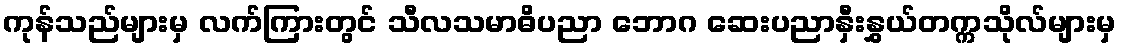
ကုန်သည်များမှ လက်ကြားတွင် သီလသမာဓိပညာ ဘောဂ ဆေးပညာနှီးနွှယ်တက္ကသိုလ်များမှ